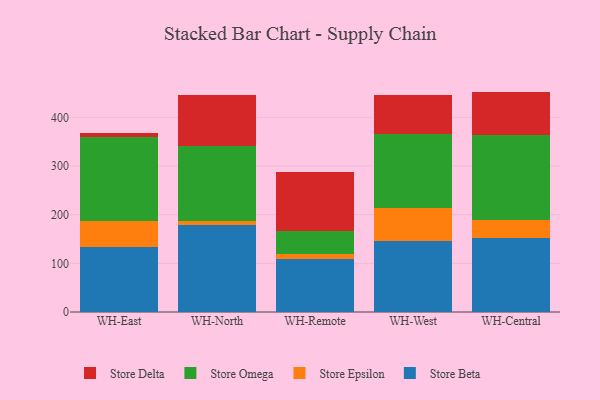
{"axis": {"x": "Warehouse", "y": "Backlog"}, "legend": ["Store Beta", "Store Delta", "Store Epsilon", "Store Omega"], "data": [{"x": "WH-East", "y": 134.2, "type": "Store Beta"}, {"x": "WH-East", "y": 53.6, "type": "Store Epsilon"}, {"x": "WH-East", "y": 171.5, "type": "Store Omega"}, {"x": "WH-East", "y": 8.9, "type": "Store Delta"}, {"x": "WH-North", "y": 179.6, "type": "Store Beta"}, {"x": "WH-North", "y": 7.5, "type": "Store Epsilon"}, {"x": "WH-North", "y": 154.7, "type": "Store Omega"}, {"x": "WH-North", "y": 103.7, "type": "Store Delta"}, {"x": "WH-Remote", "y": 109.3, "type": "Store Beta"}, {"x": "WH-Remote", "y": 9.4, "type": "Store Epsilon"}, {"x": "WH-Remote", "y": 48.3, "type": "Store Omega"}, {"x": "WH-Remote", "y": 121.3, "type": "Store Delta"}, {"x": "WH-West", "y": 145.2, "type": "Store Beta"}, {"x": "WH-West", "y": 67.9, "type": "Store Epsilon"}, {"x": "WH-West", "y": 152.3, "type": "Store Omega"}, {"x": "WH-West", "y": 79.7, "type": "Store Delta"}, {"x": "WH-Central", "y": 151.2, "type": "Store Beta"}, {"x": "WH-Central", "y": 37.7, "type": "Store Epsilon"}, {"x": "WH-Central", "y": 174.5, "type": "Store Omega"}, {"x": "WH-Central", "y": 89.4, "type": "Store Delta"}]}